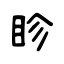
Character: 眕